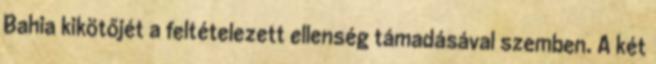
Bahia kikötőjét a feltételezett ellenség támadásával szemben. A két